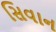
સિવાન